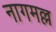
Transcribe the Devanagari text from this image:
नागमल्ल